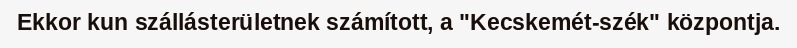
Ekkor kun szállásterületnek számított, a "Kecskemét-szék" központja.